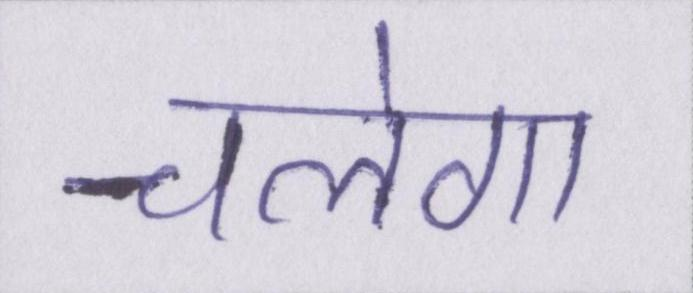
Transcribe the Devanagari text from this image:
चलेगा